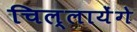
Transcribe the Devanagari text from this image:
चिल्लायेंगे